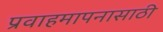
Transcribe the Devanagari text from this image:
प्रवाहमापनासाठी